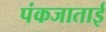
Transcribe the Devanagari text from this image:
पंकजाताई